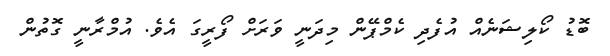
ބޮޑު ކޯލިޝަނެއް އުފެދި ކެމްޕޭން މިދަނީ ވަރަށް ފޯރީގަ އެވެ. އުމްރާނީ ގޮތުން